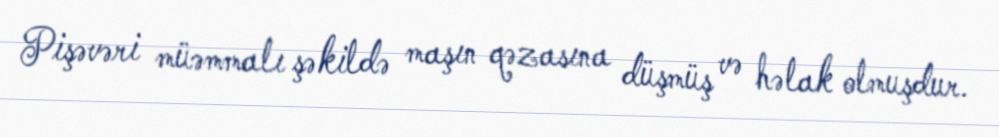
Pişəvəri müəmmalı şəkildə maşın qəzasına düşmüş və həlak olmuşdur.